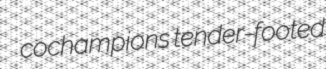
cochampions tender-footed